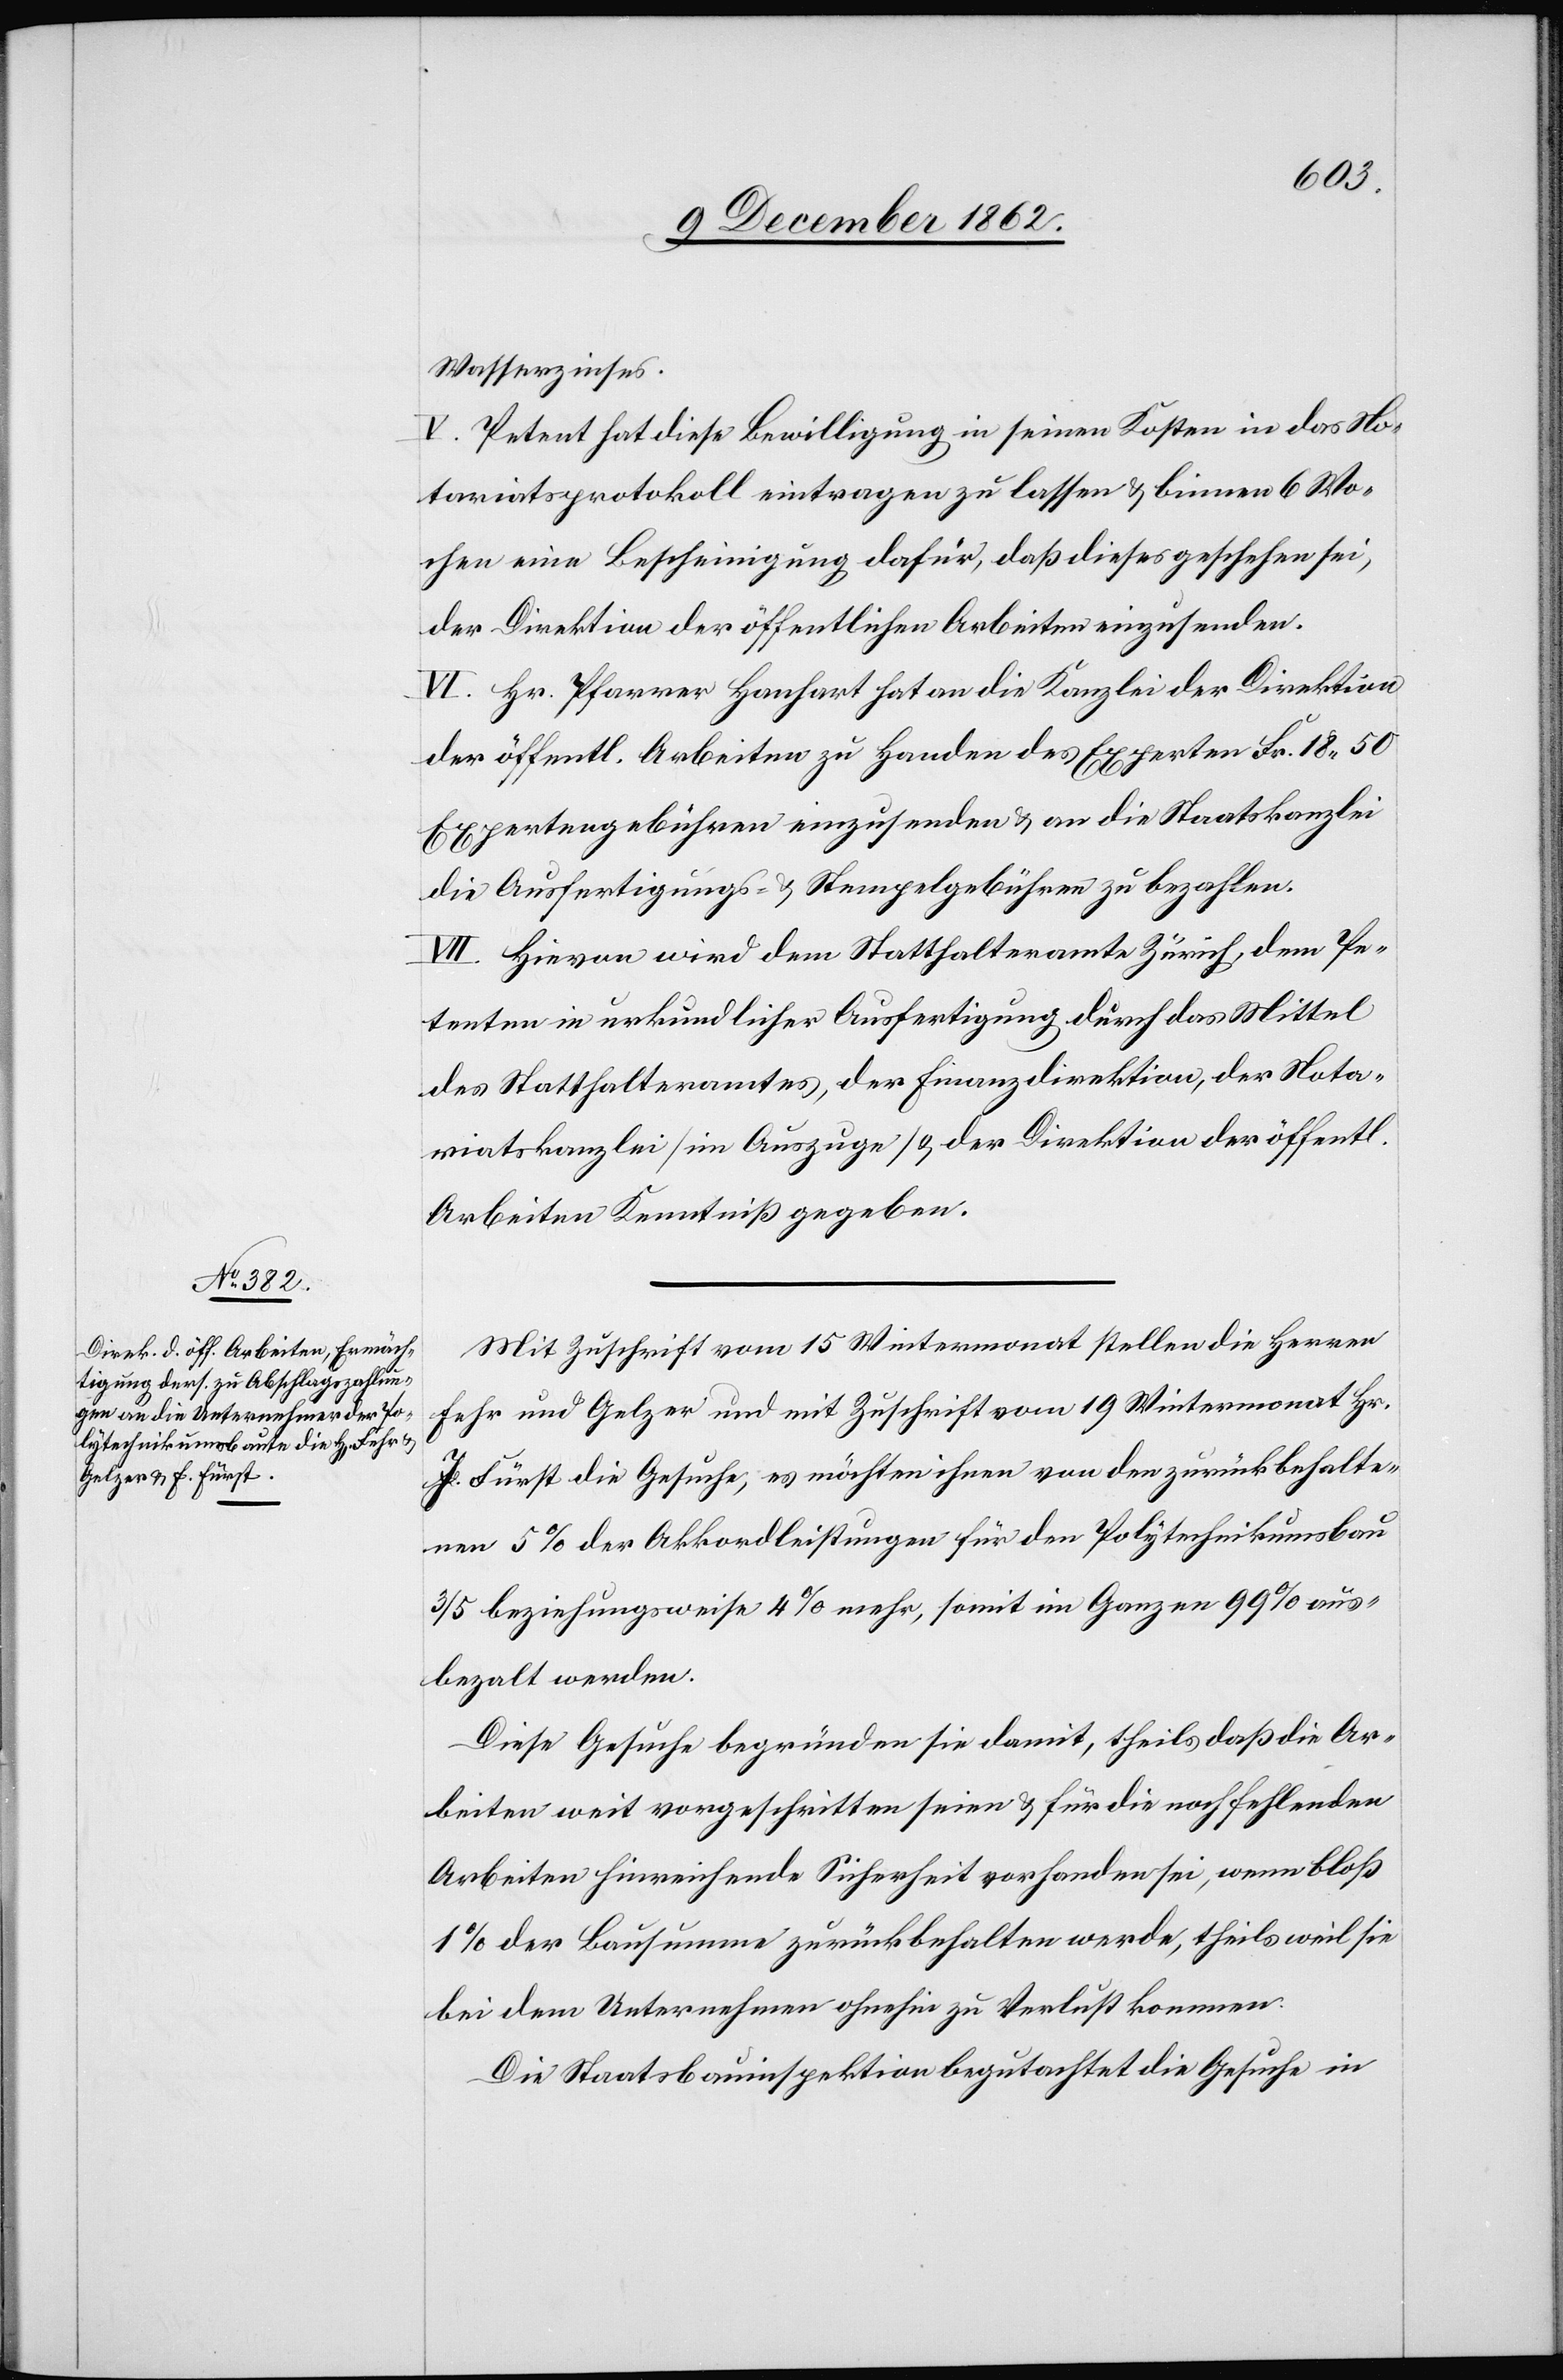
Wasserzinses.
V. Petent hat diese Bewilligung in seinen Kosten in das No¬
tariatsprotokoll eintragen zu lassen u. binnen 6 Wo¬
chen eine Bescheinigung dafür, daß dieses geschehen sei,
der Direktion der öffentlichen Arbeiten einzusenden.
VI. Hr. Pfarrer Hanhart hat an die Kanzlei der Direktion
der öffentl. Arbeiten zu Handen des Experten Fr. 18 50
Expertengebühren einzusenden u. an die Staatskanzlei
die Ausfertigungs- u. Stempelgebühren zu bezahlen.
VII. Hievon wird dem Statthalteramte Zürich, dem Pe¬
tenten in urkundlicher Ausfertigung durch das Mittel
des Statthalteramtes, der Finanzdirektion, der Nota¬
riatskanzlei (im Auszuge) u. der Direktion der öffentl.
Arbeiten Kenntniß zu geben.
Mit Zuschrift vom 15. Wintermonat stellen die Herren
Fehr und Gelzer und mit Zuschrift vom 19. Wintermonat Hr.
J. Fürst die Gesuche, es möchten ihnen von den zurückbehalte¬
nen 5% der Akkordleistung für den Polytechnikumsbau
3/5 beziehungsweise 4% mehr, somit im Ganzen 99% aus¬
bezahlt werden.
Diese Gesuche begründen sie damit, theils daß die Ar¬
beiten weit vorgeschritten seien u. für die nachfehlenden
Arbeiten hinreichende Sicherheit vorhanden sei, wenn bloß
1% der Bausumme zurückbehalten werde, theils weil sie
bei dem Unternehmen ohnehin zu Verlust kommen.
Die Staatsbauinspektion begutachtet die Gesuche in